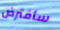
سأفترض